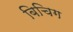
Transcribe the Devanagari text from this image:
बिचिग